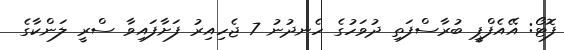
ފޮޓޯ: އޭއެފްޕީ ބުރާސްފަތި ދުވަހުގެ ހެނދުނު 7 ޖެހިއިރު ފަށާފައިވާ ސްރީ ލަންކާގެ